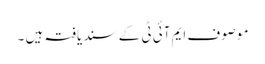
موصوف ایم آئی ٹی کے سند یافتہ ہیں ۔